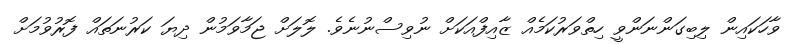
ވާހަކައިން ލިބިގަންނަންވީ ހިތްވަރުކަމެއް ޒާއިފްއަކަށް ނުވިސްނުނެވެ. ލޮލަށް ޖަމާވަމުން ދިޔަ ކަރުނަތައް ފޮރުވުމަށް